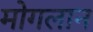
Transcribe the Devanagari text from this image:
मोगलान